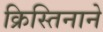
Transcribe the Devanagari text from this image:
क्रिस्तिनाने